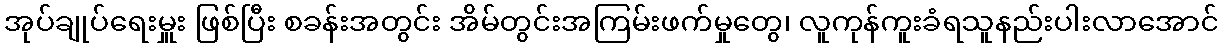
အုပ်ချုပ်ရေးမှူး ဖြစ်ပြီး စခန်းအတွင်း အိမ်တွင်းအကြမ်းဖက်မှုတွေ၊ လူကုန်ကူးခံရသူနည်းပါးလာအောင်